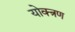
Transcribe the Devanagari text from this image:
योक्त्रण